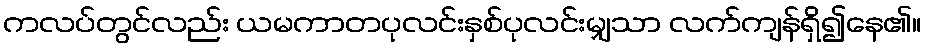
ကလပ်တွင်လည်း ယမကာတပုလင်းနှစ်ပုလင်းမျှသာ လက်ကျန်ရှိ၍နေ၏။